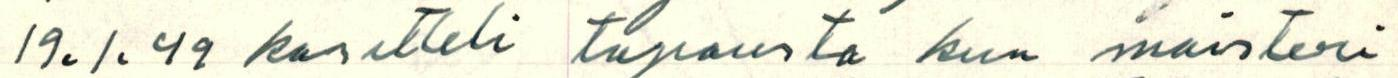
19.1.49 kasitteli tapausta kun maisteri